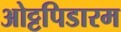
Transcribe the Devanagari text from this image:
ओट्टपिडारम